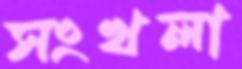
সংখলা